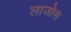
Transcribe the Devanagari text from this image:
लाजोस